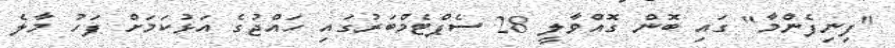
"ފިނިފެންމާ" ގައި ބޮން ގޮއްވާލީ 28 ސެޕްޓެމްބަރުގައި ހައްޖުގެ އަޅުކަމަށް ފަހު މާލެ